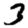
Digit: 3